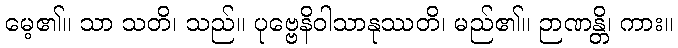
မေ့၏။ သာ သတိ၊ သည်။ ပုဗ္ဗေနိဝါသာနုဿတိ၊ မည်၏။ ဉာဏန္တိ၊ ကား။